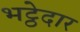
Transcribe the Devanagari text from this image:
भट्ठेदार